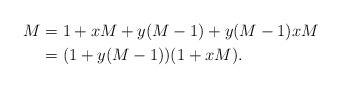
LaTeX: \begin{align*}M&=1+xM+y(M-1)+y(M-1)xM\\ &=(1+y(M-1))(1+xM).\end{align*}